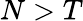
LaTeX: N>T